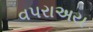
વપરાઅય